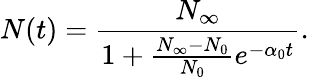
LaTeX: N(t)=\frac{N_{\infty}}{1+\frac{N_{\infty}-N_{0}}{N_{0}}e^{-\alpha_{0}t}}.